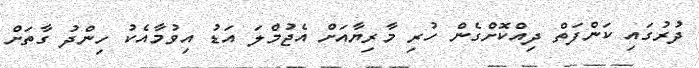
ދުރުގައި ކަންފަތް ދިއްކޮށްގެން ހުރި މާރިޔާއަށް އެޖުމްލަ އަޑު އިވުމާއެކު ހިންދު ގާތަށް